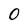
Character: 0